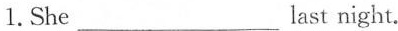
1. She___ast night.